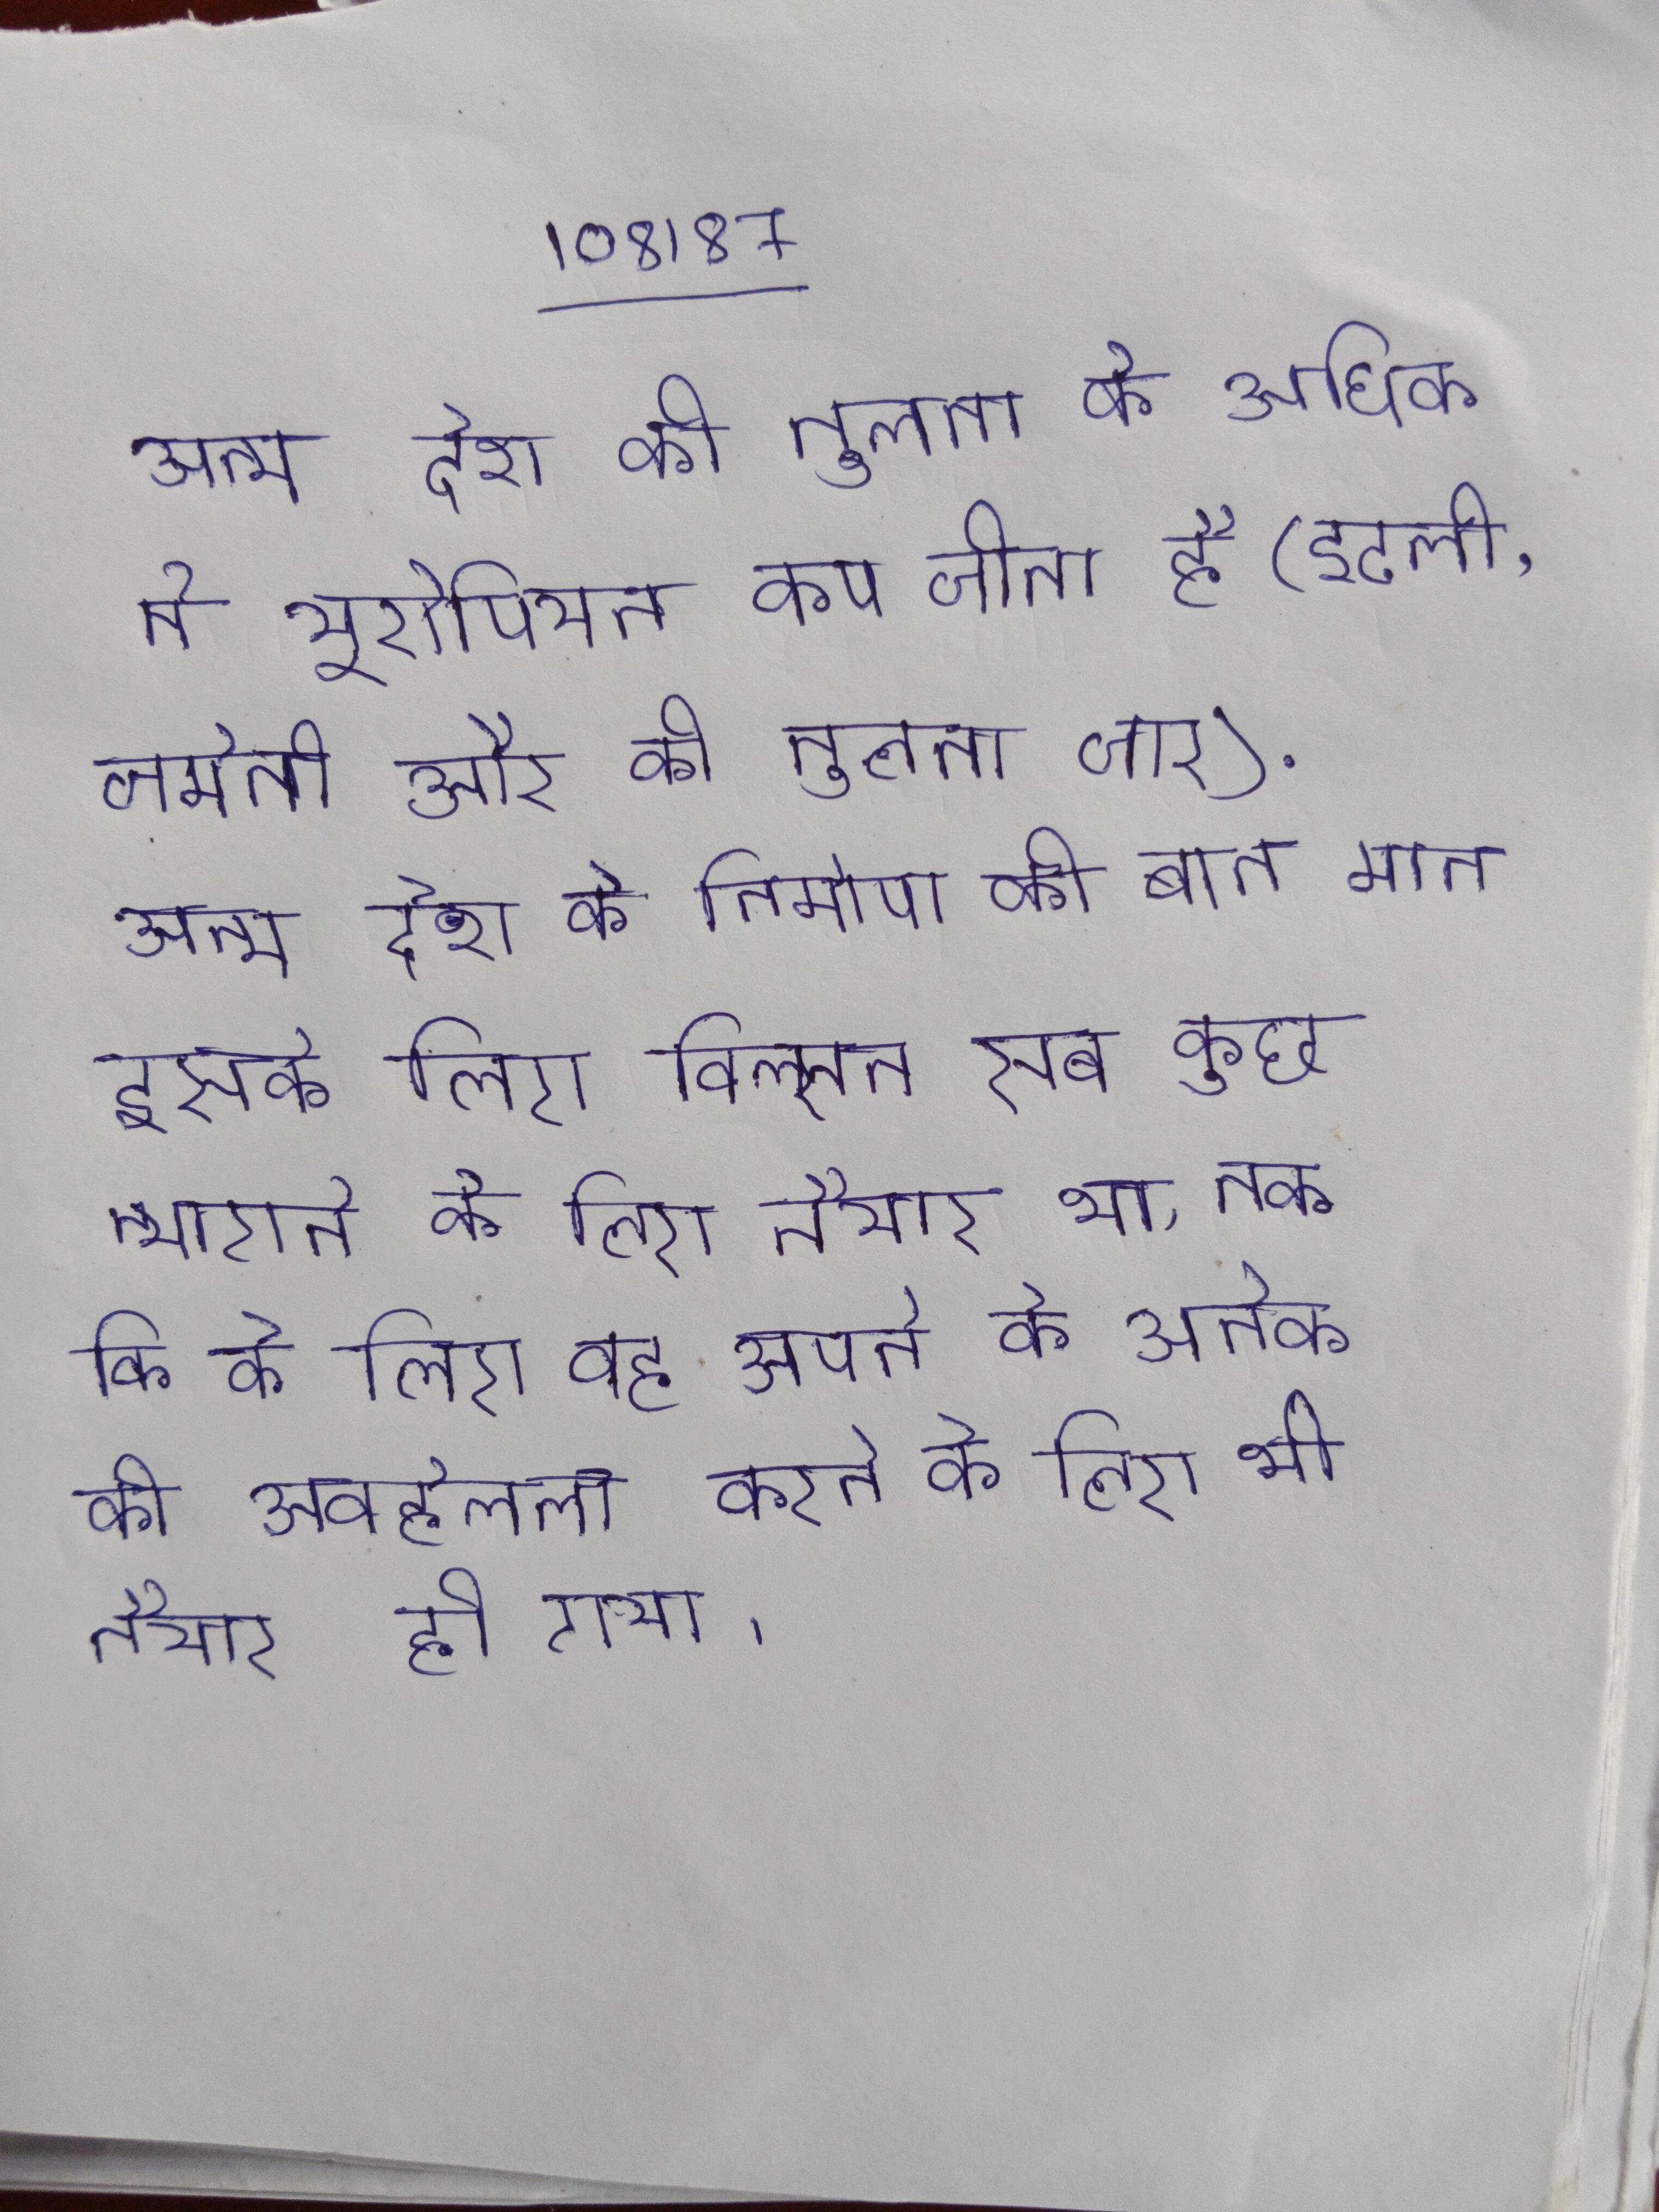
अन्य देश की तुलना के अधिक ने यूरोपियन कप जीता है (इटली, जर्मनी और की तुलना चार) . अन्य देश के निर्माण की बात मान इसके लिए विल्सन सब कुछ त्यागने के लिए तैयार था, तक कि के लिए वह अपने के अनेक की अवहेलना करने के लिए भी तैयार हो गया ।